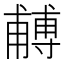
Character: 𭺼